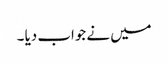
میں نے جواب دیا ۔